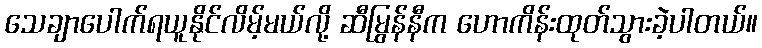
သေချာပေါက်ရယူနိုင်လိမ့်မယ်လို့ ဆီမြွန်နီက ဟောကိန်းထုတ်သွားခဲ့ပါတယ်။